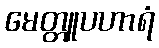
မေတ္တူပဟာရံ